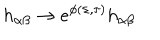
LaTeX: h _ { \alpha \beta } \to e ^ { \phi ( \sigma , \tau ) } h _ { \alpha \beta }